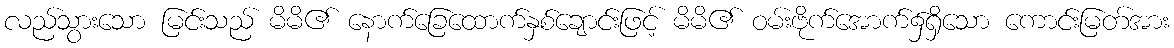
လည်သွားသော မြင်းသည် မိမိ၏ နောက်ခြေထောက်နှစ်ချောင်းဖြင့် မိမိ၏ ဝမ်းဗိုက်အောက်၌ရှိသော ကောင်းမြတ်အား